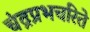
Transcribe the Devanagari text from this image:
चंद्रप्रभचरिते